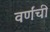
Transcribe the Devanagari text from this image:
वर्णंची